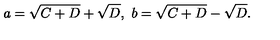
a = \sqrt { C + D } + \sqrt { D } , \ b = \sqrt { C + D } - \sqrt { D } .